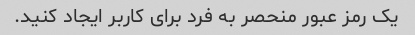
یک رمز عبور منحصر به فرد برای کاربر ایجاد کنید.